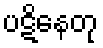
ပဋိနေတု